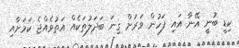
ކިޑީ ބުނީ އޭނާ އައި ފަހުން ވަރަށް ގިނަ ބަދަލުތަކެއް އަތުވެއްޖެ ކަމަށާއި